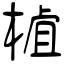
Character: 樝